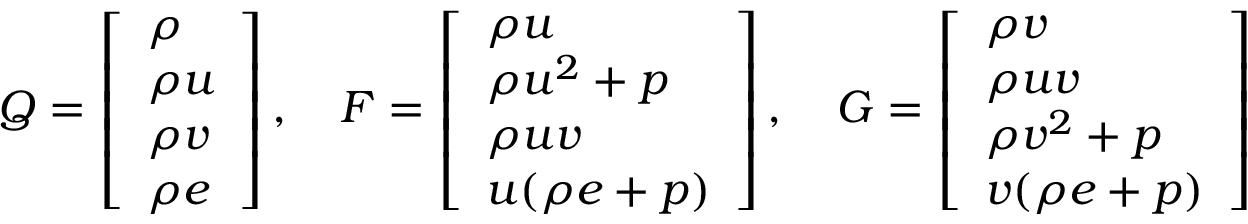
Q = \left[ \begin{array} { l } { \rho } \\ { \rho u } \\ { \rho v } \\ { \rho e } \end{array} \right] , \quad F = \left[ \begin{array} { l } { \rho u } \\ { \rho u ^ { 2 } + p } \\ { \rho u v } \\ { u ( \rho e + p ) } \end{array} \right] , \quad G = \left[ \begin{array} { l } { \rho v } \\ { \rho u v } \\ { \rho v ^ { 2 } + p } \\ { v ( \rho e + p ) } \end{array} \right]